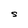
Character: S